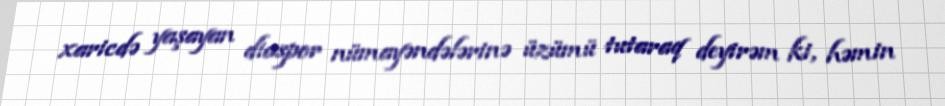
xaricdə yaşayan diaspor nümayəndələrinə üzümü tutaraq deyirəm ki, həmin